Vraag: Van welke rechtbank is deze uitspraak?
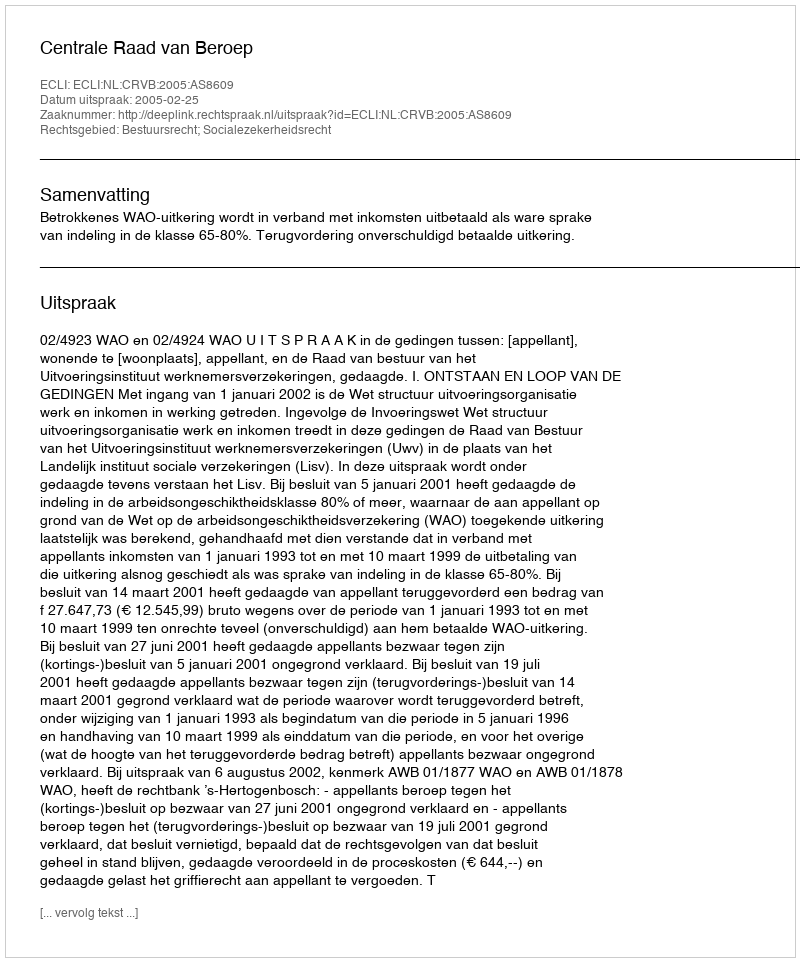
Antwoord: Centrale Raad van Beroep